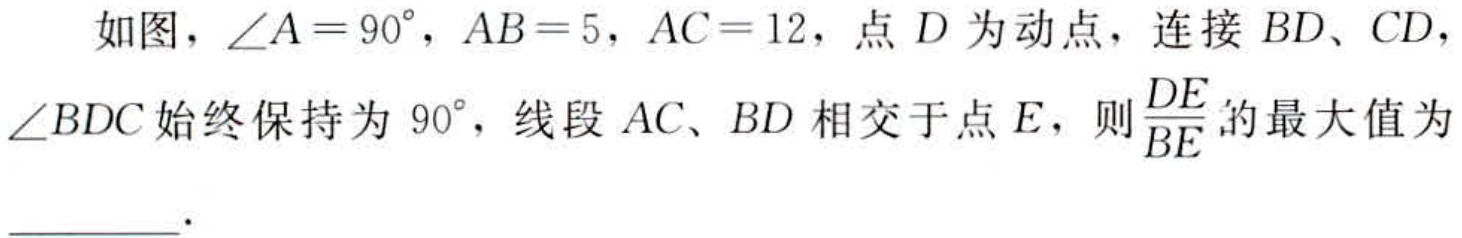
如图，\(\angle A = 90^{\circ}\)，\(AB = 5\)，\(AC = 12\)，点\(D\)为动点，连接\(BD\)、\(CD\)，\(\angle BDC\)始终保持为\(90^{\circ}\)，线段\(AC\)、\(BD\)相交于点\(E\)，则\(\dfrac{DE}{BE}\)的最大值为  ．